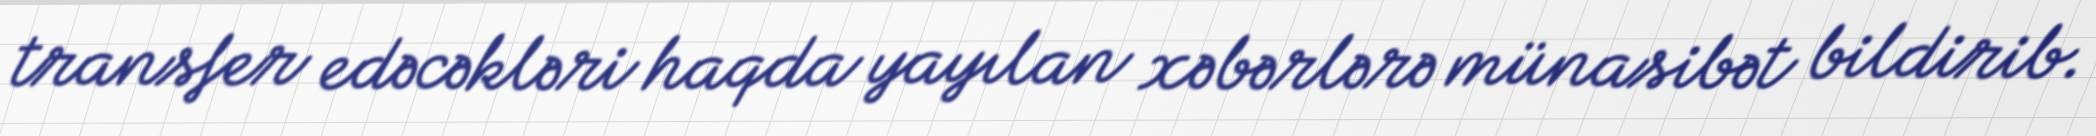
transfer edəcəkləri haqda yayılan xəbərlərə münasibət bildirib.